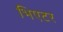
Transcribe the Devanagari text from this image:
भिएटर